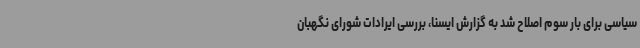
سیاسی برای بار سوم اصلاح شد به گزارش ایسنا، بررسی ایرادات شورای نگهبان